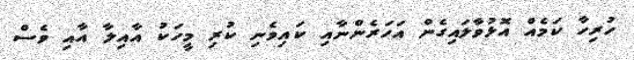
ހުރިހާ ކަމެއް އޮޅުވާލައިގެން އަހަރެންނާއި ކައިވެނި ކުރި މީހަކު އާއިލާ އާއި ވެސް